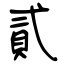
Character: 貳